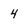
Character: 4